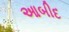
આબીદ